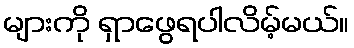
များကို ရှာဖွေရပါလိမ့်မယ်။